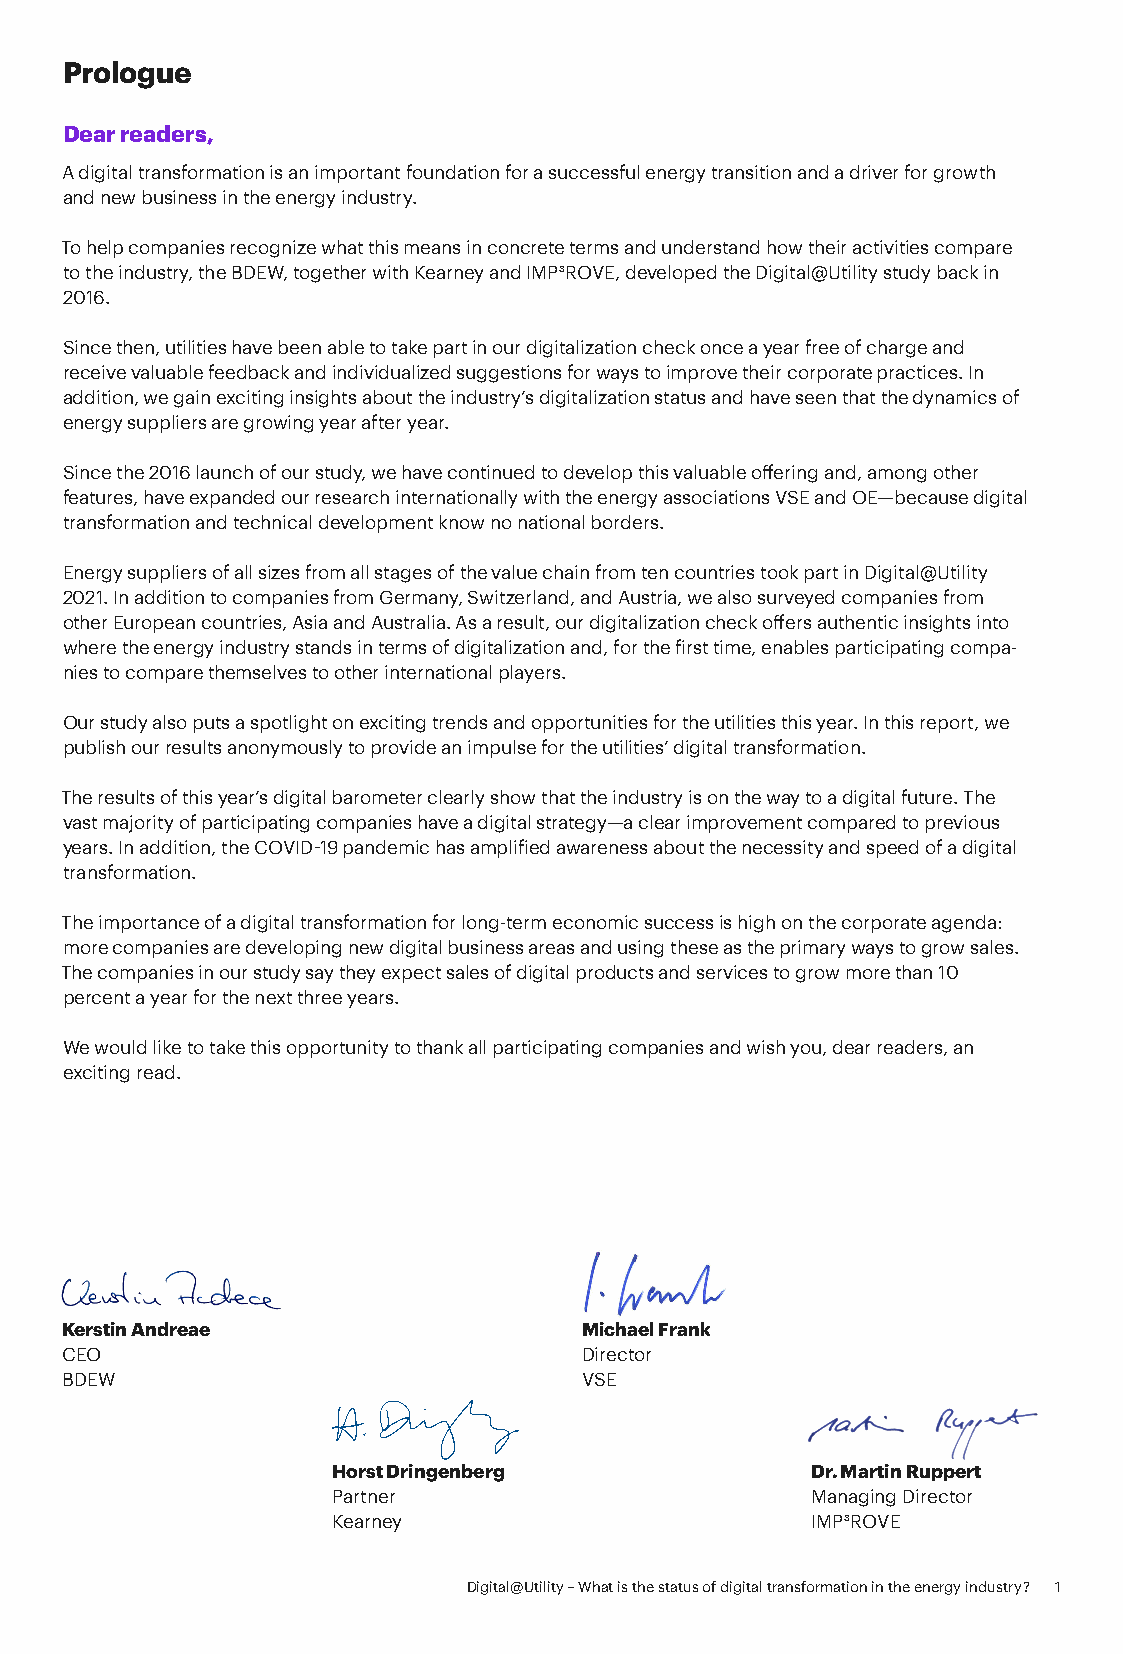
Prologue
 Dear readers,
 A digital transformation is an important foundation for a successful energy transition and a driver for growth
 and new business in the energy industry.
 To help companies recognize what this means in concrete terms and understand how their activities compare
 to the industry, the BDEW, together with Kearney and IMP³ROVE, developed the Digital@Utility study back in
 2016.
 Since then, utilities have been able to take part in our digitalization check once a year free of charge and
 receive valuable feedback and individualized suggestions for ways to improve their corporate practices. In
 addition, we gain exciting insights about the industry’s digitalization status and have seen that the dynamics of
 energy suppliers are growing year after year.
 Since the 2016 launch of our study, we have continued to develop this valuable offering and, among other
 features, have expanded our research internationally with the energy associations VSE and OE—because digital
 transformation and technical development know no national borders.
 Energy suppliers of all sizes from all stages of the value chain from ten countries took part in Digital@Utility
 2021. In addition to companies from Germany, Switzerland, and Austria, we also surveyed companies from
 other European countries, Asia and Australia. As a result, our digitalization check offers authentic insights into
 where the energy industry stands in terms of digitalization and, for the first time, enables participating compa-
 nies to compare themselves to other international players.
 Our study also puts a spotlight on exciting trends and opportunities for the utilities this year. In this report, we
 publish our results anonymously to provide an impulse for the utilities’ digital transformation.
 The results of this year’s digital barometer clearly show that the industry is on the way to a digital future. The
 vast majority of participating companies have a digital strategy—a clear improvement compared to previous
 years. In addition, the COVID-19 pandemic has amplified awareness about the necessity and speed of a digital
 transformation.
 The importance of a digital transformation for long-term economic success is high on the corporate agenda:
 more companies are developing new digital business areas and using these as the primary ways to grow sales.
 The companies in our study say they expect sales of digital products and services to grow more than 10
 percent a year for the next three years.
 We would like to take this opportunity to thank all participating companies and wish you, dear readers, an
 exciting read.
 Kerstin Andreae                   Michael Frank
 CEO             Unterschrift      Director
 Mittwoch, 7. März 2018 16:45
 BDEW                              VSE
 Horst Dringenberg               Dr. Martin Ruppert
 Partner                         Managing Director
 Kearney                         IMP³ROVE
 Digital@Utility – What is the status of digital transformation in the energy industry? 1